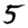
Digit: 5